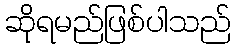
ဆိုရမည်ဖြစ်ပါသည်